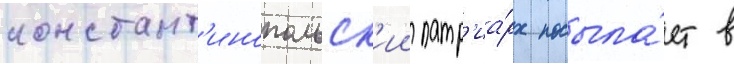
констант'инопольск'ии патр'иа́рх посыла́ет в